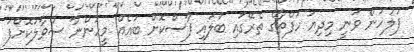
ފުލުުހުން ވަނީ މިދިޔަ ހަފްތާގެ ތެރޭގައި ބަލައި ފާސްކޮށް ބައެއް މީހުންނާ ސުވާލުކޮށްފަ